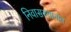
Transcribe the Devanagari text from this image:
निवासस्थानांत